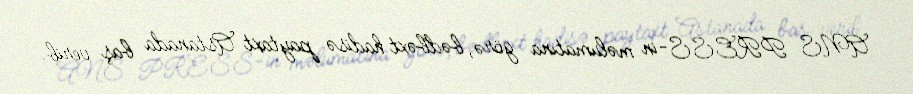
ANS PRESS-in məlumatına görə, bədbəxt hadisə paytaxt Astanada baş verib.